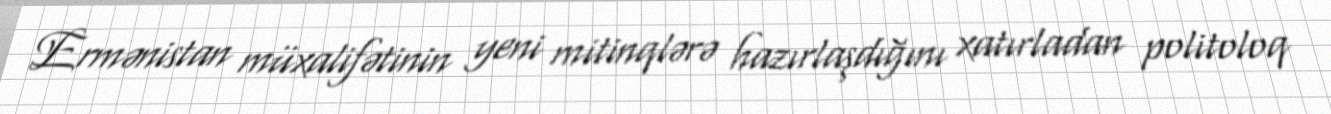
Ermənistan müxalifətinin yeni mitinqlərə hazırlaşdığını xatırladan politoloq